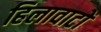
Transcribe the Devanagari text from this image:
हिलावाटों